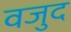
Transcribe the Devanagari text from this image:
वजुद